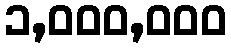
၁,၀၀၀,၀၀၀